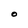
Character: O